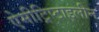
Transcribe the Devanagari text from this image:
ऐमीट्रिप्टाइलीन